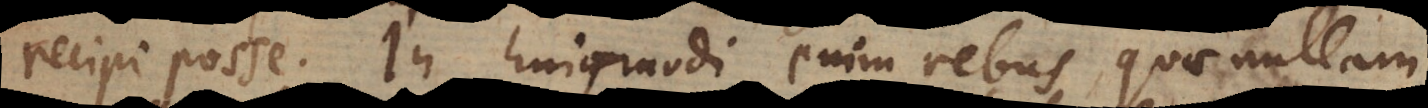
recipi posse. In hujusmodi enim rebus, quae nullam